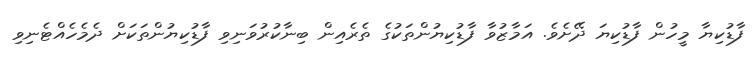
ފާޑުކިޔާ މީހުން ފާޑުކިޔަ ދޭށެވެ. އަމާޒުވާ ފާޑުކިޔުންތަކުގެ ތެރެއިން ބިނާކުރުވަނިވި ފާޑުކިޔުންތަކަށް ދެމެހެއްޓެނިވި